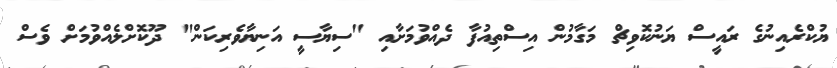
ޔުކްރެއިނުގެ ރައީސް ޔަނުކޮވިޗް މަގާމުން އިސްތިއުފާ ދެއްވުމަށާއި "ސިޔާސީ އަނިޔާވެރިކަން" ދޫކޮށްލެއްވުމަށް ވެސް